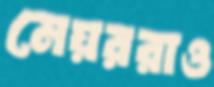
মেয়ররাও